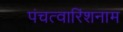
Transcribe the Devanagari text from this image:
पंचत्वारिंशनाम